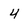
Character: 4